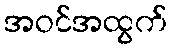
အဝင်အထွက်